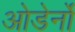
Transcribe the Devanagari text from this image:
ओडेर्नो